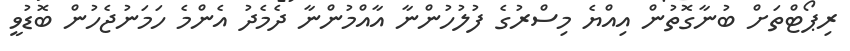
ރިޕޯޓްތަށް ބުނާގޮތުން އިއްޔެ މިސްރުގެ ފުލުހުންނާ އާއްމުންނާ ދެމެދު އެންމެ ހަމަނުޖެހުން ބޮޑުވީ